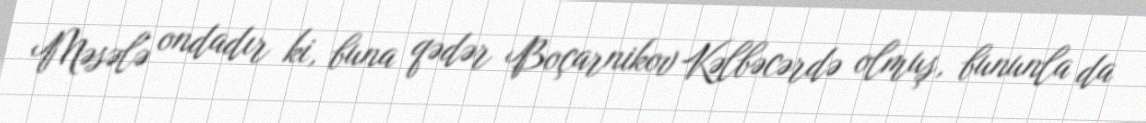
Məsələ ondadır ki, buna qədər Boçarnikov Kəlbəcərdə olmuş, bununla da